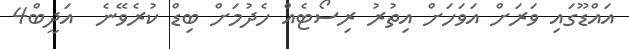
އައްޑޫގައި ވަރަށް އަވަހަށް އިތުރު ރިސޯޓެއް ހެދުމަށް ބިޑް ކުރެވޭނެ  އަދީބް4